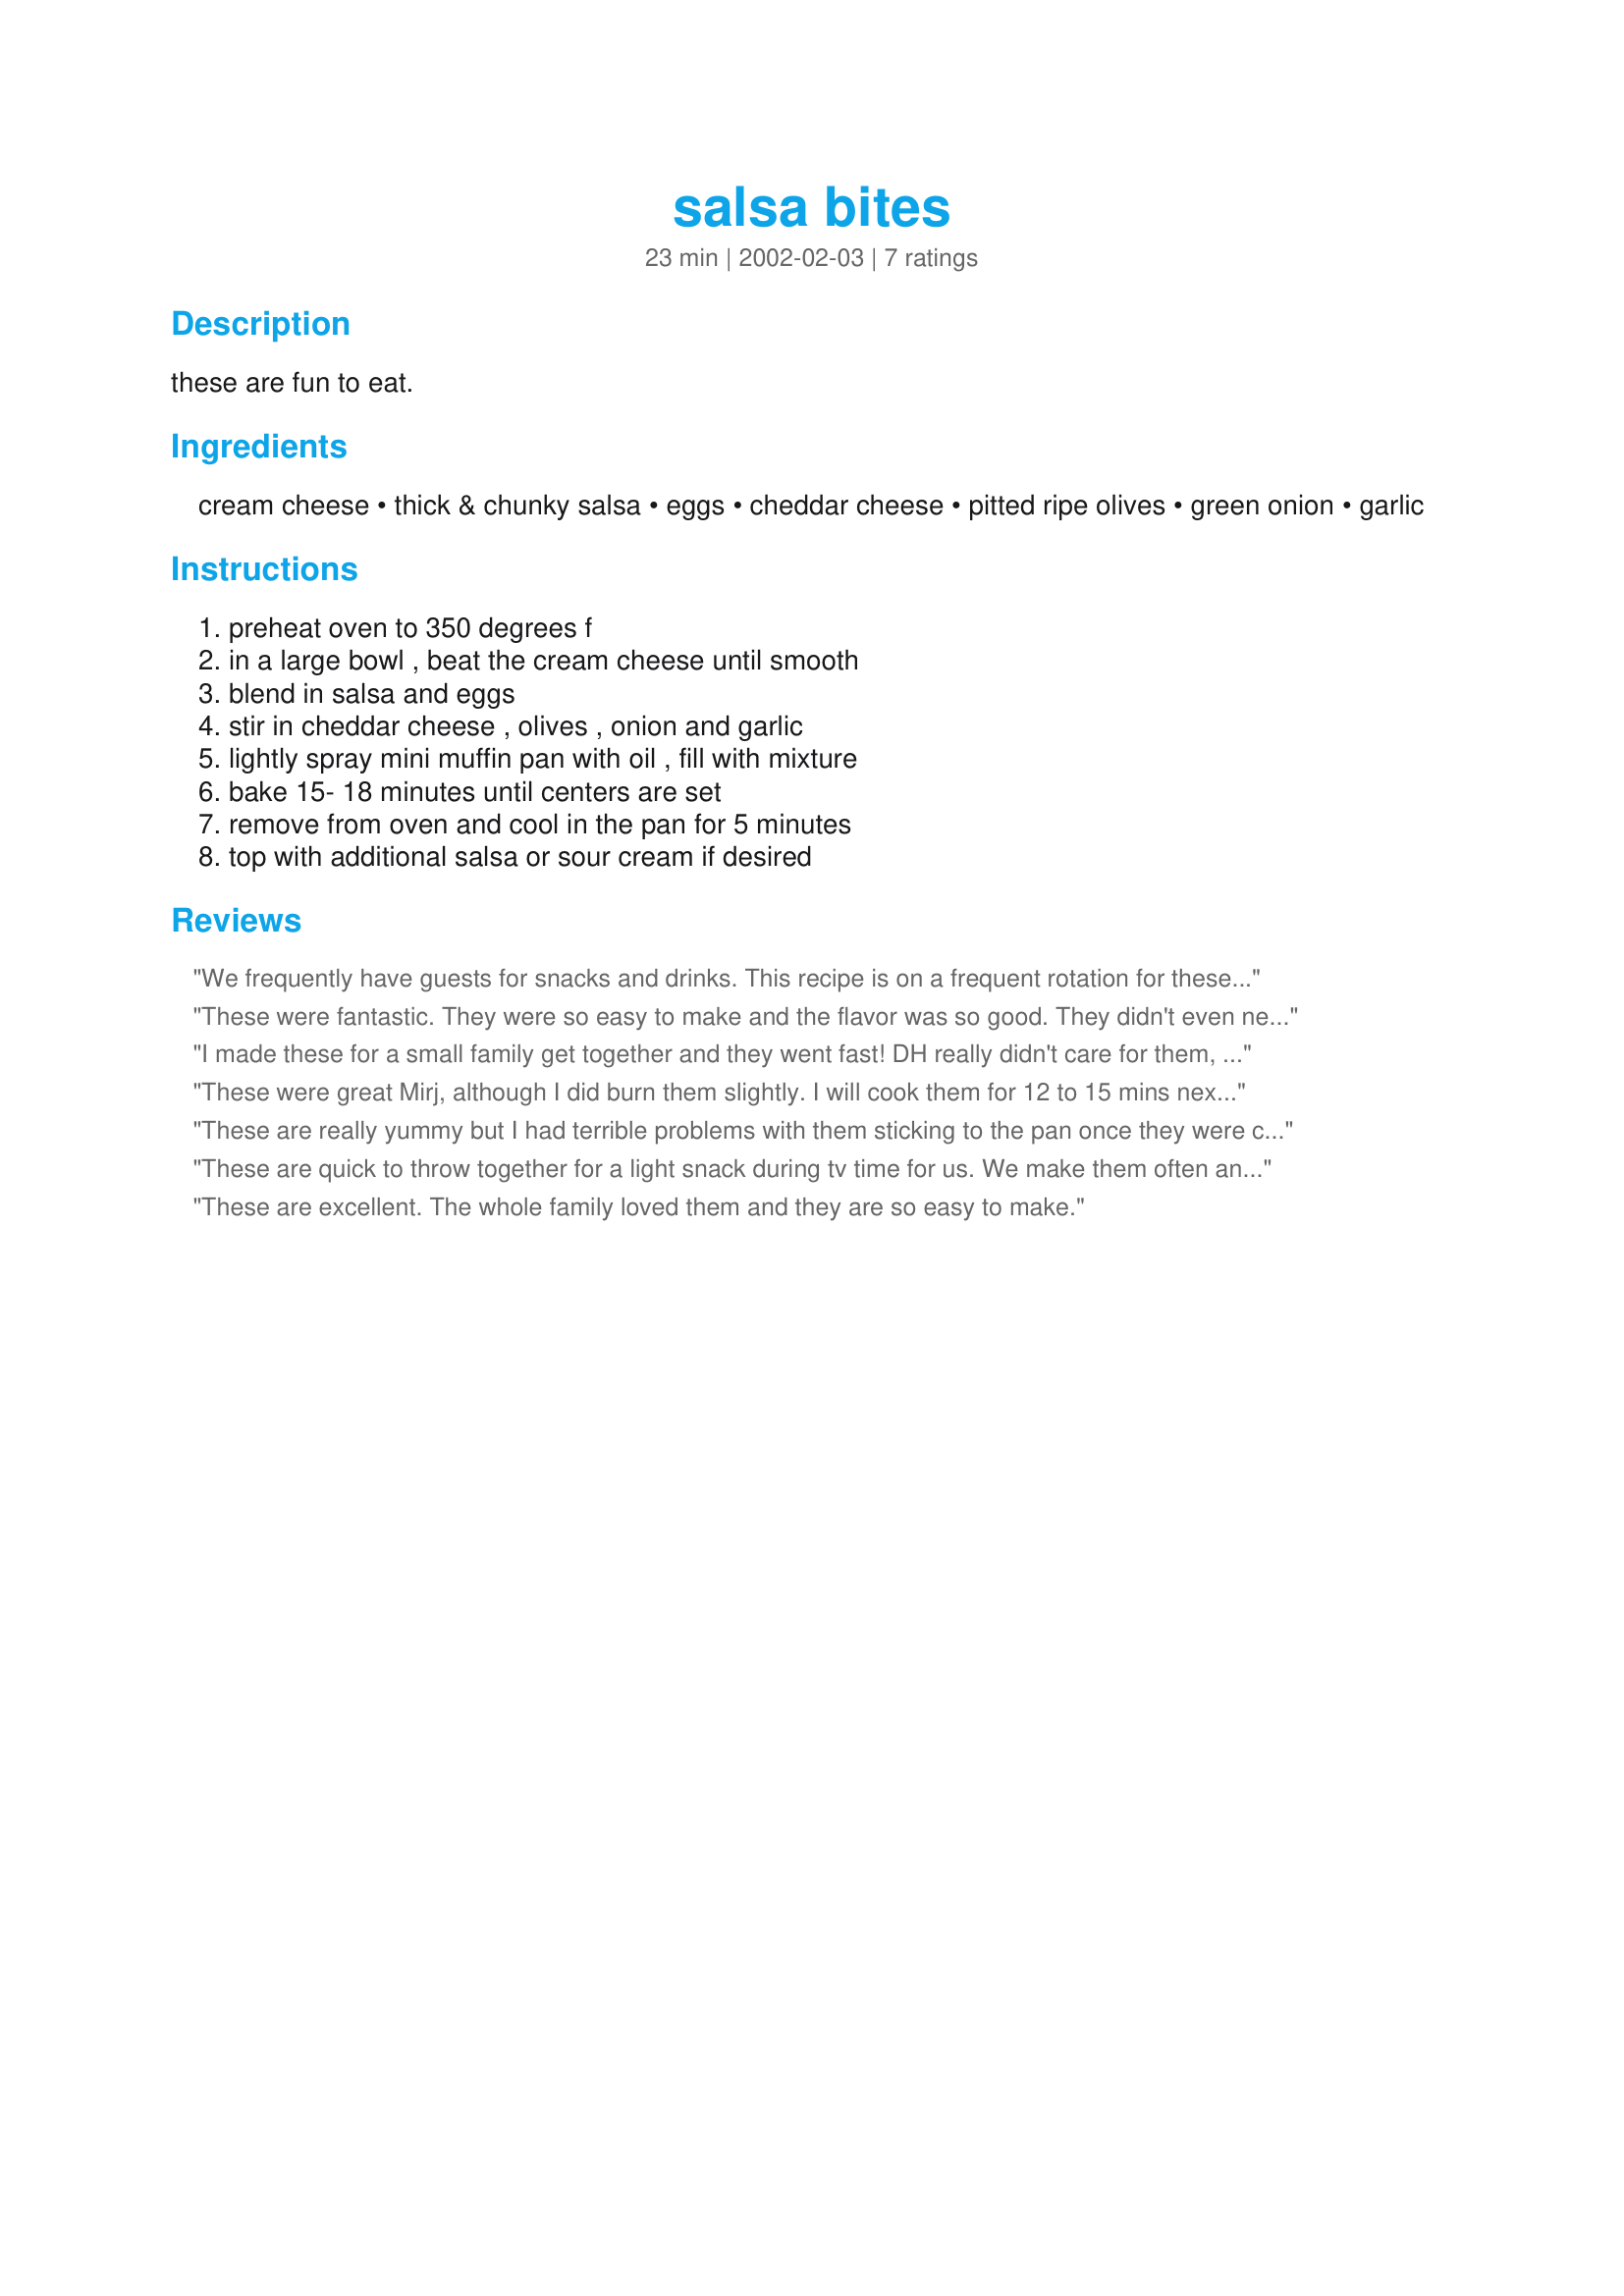
salsa bites
Preparation time: 23 minutes

these are fun to eat.

Ingredients:
cream cheese, thick & chunky salsa, eggs, cheddar cheese, pitted ripe olives, green onion, garlic

Steps:
preheat oven to 350 degrees f, in a large bowl , beat the cream cheese until smooth, blend in salsa and eggs, stir in cheddar cheese , olives , onion and garlic, lightly spray mini muffin pan with oil , fill with mixture, bake 15- 18 minutes until centers are set, remove from oven and cool in the pan for 5 minutes, top with additional salsa or sour cream if desired

Reviews:
We frequently have guests for snacks and drinks. This recipe is on a frequent rotation for these get-togethers. Everyone loves them warm or cold. I usually garnish with a slice of jalapeno, black olive or just a tiny dollup of sour cream. Even the kids gobble these up.
These were fantastic. They were so easy to make and the flavor was so good. They didn't even need extra anything after they were done. I made them earlier in the day and brought them out cold and they were gone in no time.
I made these for a small family get together and they went fast! DH really didn't care for them, he thought they tasted like quiche...real men don't eat quiche. I did serve them at room temp and topped them with sour cream, salsa, black olive and a slice of fresh jalapeno. Thanks Mirj for posting.
These were great Mirj, although I did burn them slightly. I will cook them for 12 to 15 mins next time. Thanks Mirj.
These are really yummy but I had terrible problems with them sticking to the pan once they were cooked. I used a non-stick mini muffin pan that was well sprayed with oil, but I couldn't get them out at all so didn't end up serving them. They taste good though and I'll try again using liners.
These are quick to throw together for a light snack during tv time for us. We make them often and enjoy them! We top ours with a little chunky salsa, a dollop of sour cream and a black olive. Yummy!
These are excellent. The whole family loved them and they are so easy to make.
